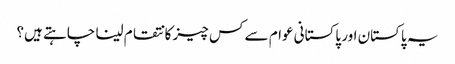
یہ پاکستان اور پاکستانی عوام سے کس چیز کا نتقام لینا چاہتے ہیں؟